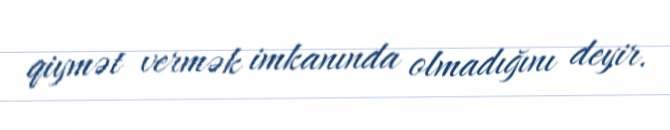
qiymət vermək imkanında olmadığını deyir.